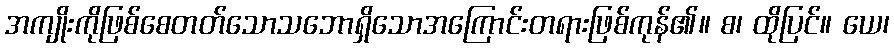
အကျိုးကိုဖြစ်စေတတ်သောသဘောရှိသောအကြောင်းတရားဖြစ်ကုန်၏။ စ၊ ထိုပြင်။ ယေ၊